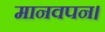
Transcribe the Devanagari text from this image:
मानवपन।